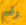
وقم